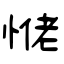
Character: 恅